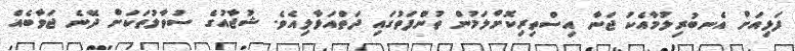
ފަޅިއަށް އެނބުރިލުމާއެކު ޖަނާ އިސްތިރިކޮށްލަމުން ތުންފަތުގައި ދަތްއަޅާލިއެވެ. ޝުޖާއުގެ ސުވާލުތަކަށް ދޭނެ ޖަވާބެއް